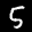
Label: 5